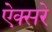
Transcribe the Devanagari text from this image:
ऐक्सरे